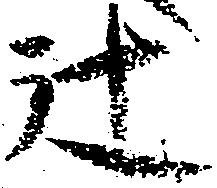
辻